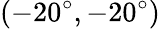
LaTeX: (-20^{\circ},-20^{\circ})